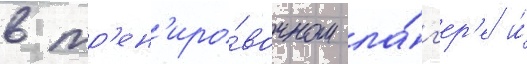
в тр'ен'иро́вочном ла́г'ер'е и́